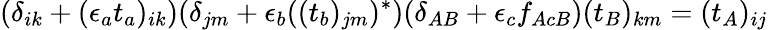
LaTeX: (\delta_{ik}+(\epsilon_{a}t_{a})_{ik})(\delta_{jm}+\epsilon_{b}((t_{b})_{jm})^{\ast})(\delta_{AB}+\epsilon_{c}f_{AcB})(t_{B})_{km}=(t_{A})_{ij}